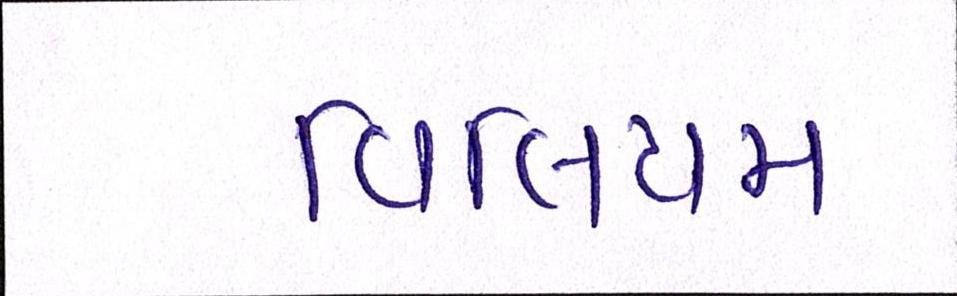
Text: વિલિયમ